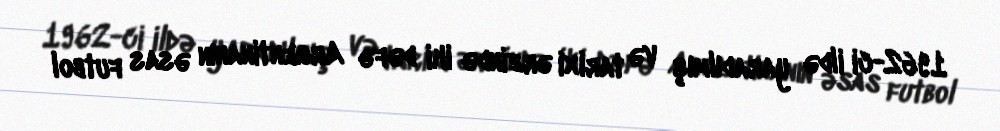
1962-ci ildə yaradılmış və tarixi ərzində iki dəfə Argentinanın əsas futbol